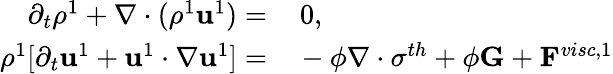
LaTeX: \begin{array}{rl}{\partial_{t}\rho^{1}+\mathbf{\nabla}\cdot(\rho^{1}\mathbf{u}^{1})=}&{{}\, 0,}\\ {\rho^{1}[\partial_{t}\mathbf{u}^{1}+\mathbf{u}^{1}\cdot\mathbf{\nabla}\mathbf{u}^{1}]=}&{{}-\phi\mathbf{\nabla}\cdot\mathbf{\sigma}^{th}+\phi\mathbf{G}+\mathbf{F}^{visc,1}}\end{array}